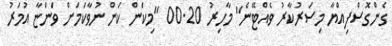
ގެންގޮސްފިއްޔާ މިސަރުކާރު ވެއްޓޭނެ" މާހިރު 00.20 "މިކަން ކަން ނުވާކަމަށް ވަންޏާ އުމަރު